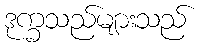
ဒုက္ခသည်များသည်